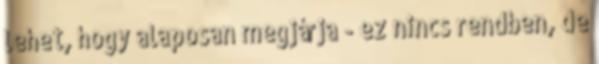
lehet, hogy alaposan megjárja - ez nincs rendben, de